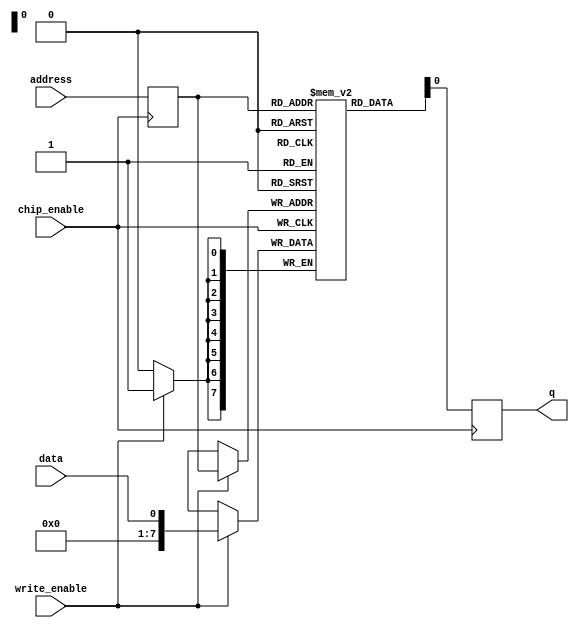
module EEPROM (
    input wire [7:0] address,
    input wire data,
    input wire chip_enable,
    input wire write_enable,
    output wire q
);

wire [7:0] selected_address;
reg [7:0] memory [0:255]; // 256 memory cells

// Multiplexers for selecting memory cell
always @ (posedge chip_enable)
begin
    selected_address <= address;
end

// Control logic for programming and erasing operations
always @ (posedge chip_enable)
begin
    if (write_enable)
        memory[selected_address] <= data;
end

// Input/output buffers
always @ (posedge chip_enable)
begin
    q <= memory[selected_address];
end

endmodule